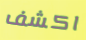
اكشف